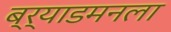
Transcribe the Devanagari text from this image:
ब्र्याडमनला